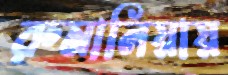
রুমানিয়ায়